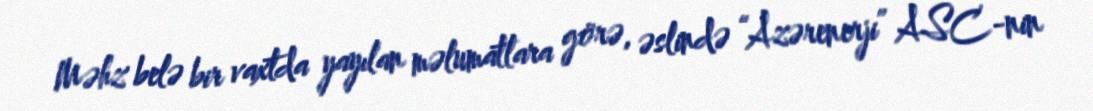
Məhz belə bir vaxtda yayılan məlumatlara görə, əslində “Azərenerji” ASC-nin